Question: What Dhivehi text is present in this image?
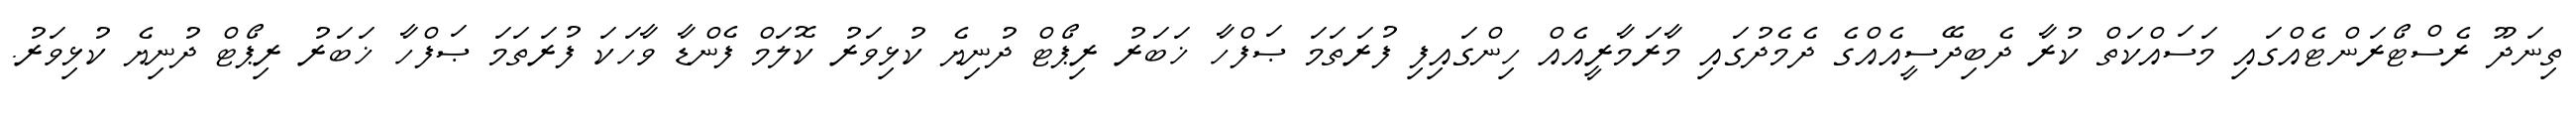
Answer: ތިނަދޫ ރެސްޓޯރަންޓެއްގައި މަސައްކަތް ކުރާ ދެބިދޭސީއެއްގެ ދެމެދުގައި މާރަމާރީއެއް ހިންގައިފި ފުރަތަމަ ޞަފްހާ ޚަބަރު ރިޕޯޓް ދުނިޔެ ކުޅިވަރު ކޮލަމް ފެންޑާ ވާހަކަ ފުރަތަމަ ޞަފްހާ ޚަބަރު ރިޕޯޓް ދުނިޔެ ކުޅިވަރު.